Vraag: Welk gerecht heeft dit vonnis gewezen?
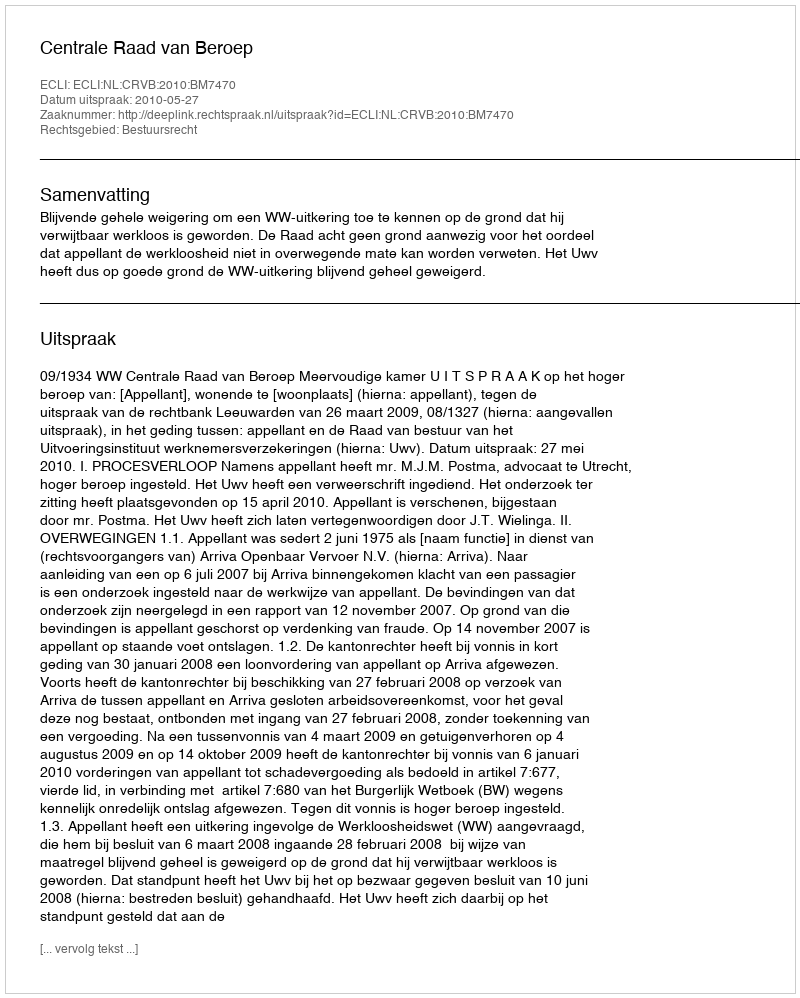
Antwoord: Centrale Raad van Beroep